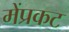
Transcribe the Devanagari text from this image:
मेंप्रकट